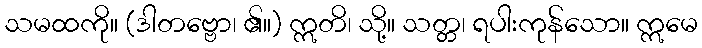
သမထကို။ (ဒါတဗ္ဗော၊ ၏။) ဣတိ၊ သို့။ သတ္တ၊ ရပါးကုန်သော။ ဣမေ